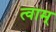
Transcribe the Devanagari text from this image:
त्वाम्